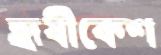
হৃষীকেশ